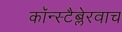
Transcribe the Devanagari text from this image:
कॉन्स्टैब्लेरवाच